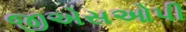
જીએસઓપી